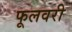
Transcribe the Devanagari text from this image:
फूलवरी